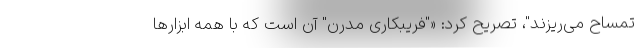
تمساح می‌ریزند"، تصریح کرد: «"فریبکاری مدرن" آن است که با همه ابزارها